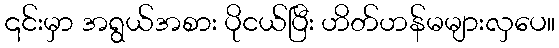
၎င်းမှာ အရွယ်အစား ပိုငယ်ပြီး ဟိတ်ဟန်မများလှပေ။